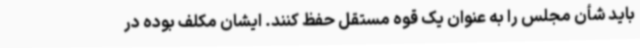
باید شأن مجلس را به عنوان یک قوه مستقل حفظ کنند. ایشان مکلف بوده در